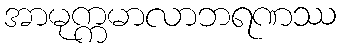
အာမုက္ကမာလာဘရဏဿ